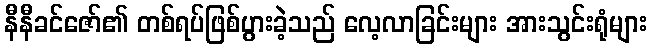
နီနီခင်ဇော်၏ တစ်ရပ်ဖြစ်ပွားခဲ့သည် လေ့လာခြင်းများ အားသွင်းရုံများ